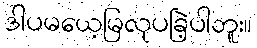
ဒါပမယေ့မြလုပခြဲ့ပါဘူး။